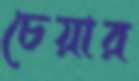
চেয়ার